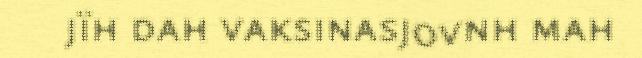
jïh dah vaksinasjovnh mah